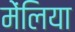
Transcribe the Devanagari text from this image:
मेंलिया